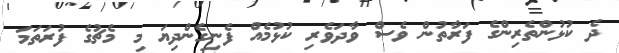
ދެ ކުޅުންތެރިންގެ ފަރާތުން ވެސް ވާދަވެރި ކުޅުމެއް ފެނިގެންދިޔަ މި މެޗުގެ ފުރަތަމަ